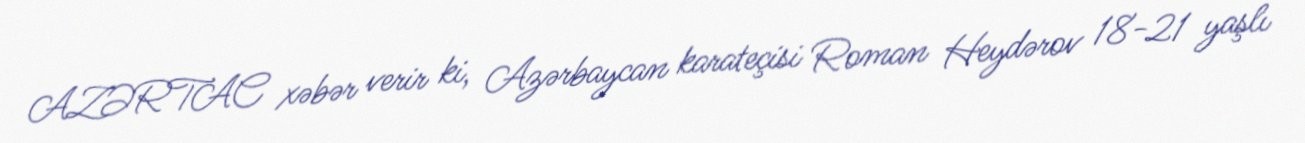
AZƏRTAC xəbər verir ki, Azərbaycan karateçisi Roman Heydərov 18-21 yaşlı